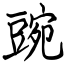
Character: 豌